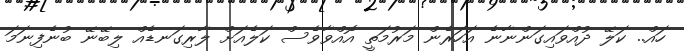
ހައް.. ކަލޭ ދުއްވައިގަންނާނެ އަހަރެން މަރުމަތީ އޮއްވާވެސް ކަލެއަށް ލާރިގަނޑެއް ލިބޭނޭ ބުނެފިނަމަ